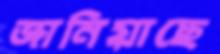
জানিয়াছে